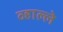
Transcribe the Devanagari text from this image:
व्हाल्ले